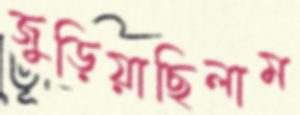
জুড়িয়াছিলাম